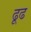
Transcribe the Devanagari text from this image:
ढूढ